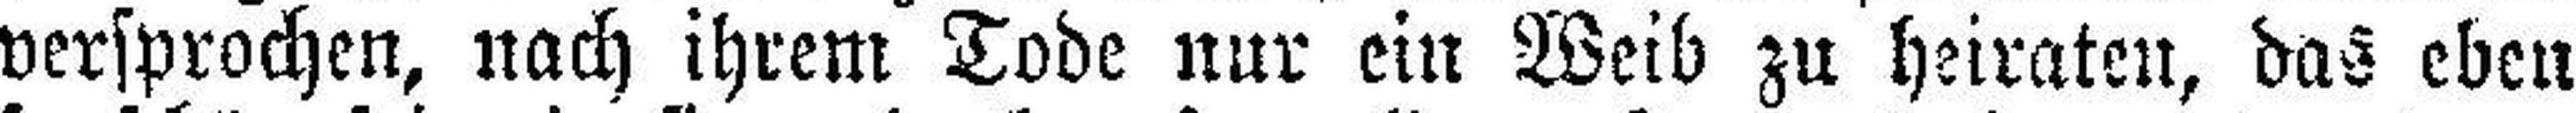
versprochen, nach ihrem Tode nur ein Weib zu heiraten, das eben